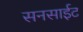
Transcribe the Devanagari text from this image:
सनसाईट